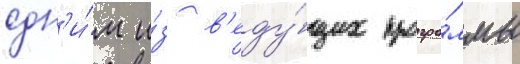
одн'и́м и́з в'еду́щих програ́ммы